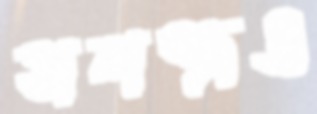
সশস্ত্রও